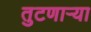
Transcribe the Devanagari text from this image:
तुटणाऱ्या